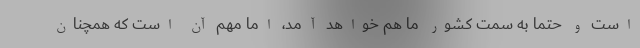
است و حتما به سمت کشور ما هم خواهد آمد، اما مهم آن است که همچنان